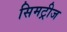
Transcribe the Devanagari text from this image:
सिमट्रीज